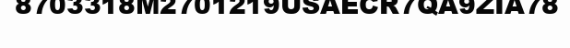
8703318M2701219USAECR7QA9ZIA78